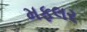
મફલર